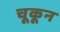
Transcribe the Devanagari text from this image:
चूकून